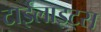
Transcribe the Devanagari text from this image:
टाईलाइट्स